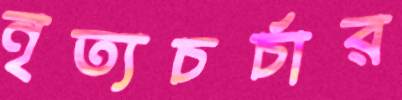
নৃত্যচর্চার